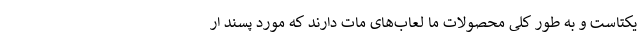
یکتاست و به طور کلی محصولات ما لعاب‌های مات دارند که مورد پسند ار